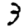
Digit: 3